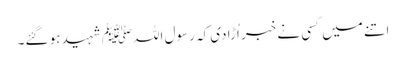
اتنے میں کسی نے خبر اُڑادی کہ رسول اللہﷺ شہید ہو گئے۔